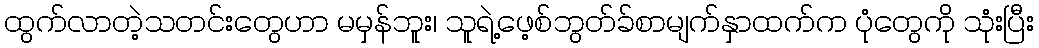
ထွက်လာတဲ့သတင်းတွေဟာ မမှန်ဘူး၊ သူရဲ့ဖေ့စ်ဘွတ်ခ်စာမျက်နှာထက်က ပုံတွေကို သုံးပြီး